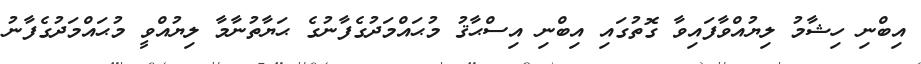
އިބްނި ހިޝާމު ލިޔުއްވާފައިވާ ގޮތުގައި އިބްނި އިސްޙާޤު މުޙައްމަދުގެފާނުގެ ޙަޔާތުނާމާ ލިޔުއްވީ މުޙައްމަދުގެފާނު